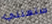
ستعتني